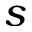
s